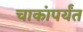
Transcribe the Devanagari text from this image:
चाकांपर्यंत